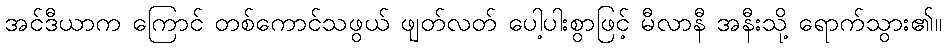
အင်ဒီယာက ကြောင် တစ်ကောင်သဖွယ် ဖျတ်လတ် ပေါ့ပါးစွာဖြင့် မီလာနီ အနီးသို့ ရောက်သွား၏။